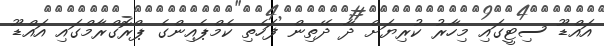
އައްޑޫ ސިޓީގައި މިހާރު ކުރިޔަށް ދާ ދޭތިން ފަހެތި ކެމްޕެއިންގެ ޕްރޮގްރާމްގައި އައްޑޫ